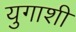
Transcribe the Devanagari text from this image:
युगाशी